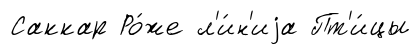
Саккар Ро́же л'и́н'иjа Пт'и́цы